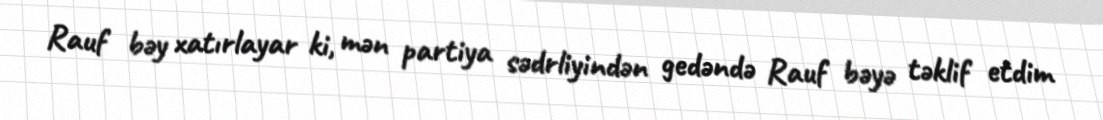
Rauf bəy xatırlayar ki, mən partiya sədrliyindən gedəndə Rauf bəyə təklif etdim